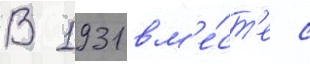
В 1931 вм'е́ст'е с